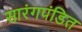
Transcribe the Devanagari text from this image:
सारंगपंडित